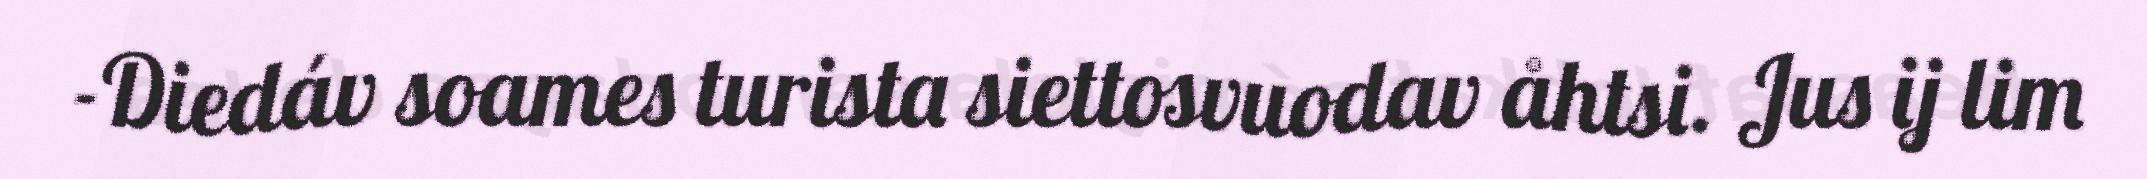
-Diedáv soames turista siettosvuodav åhtsi. Jus ij lim